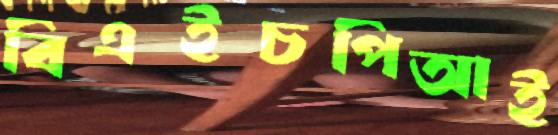
বিএইচপিআই